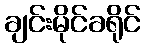
ချင်းမိုင်ခရိုင်